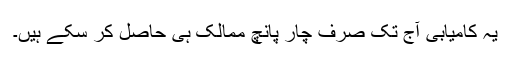
یہ کامیابی آج تک صرف چار پانچ ممالک ہی حاصل کر سکے ہیں۔